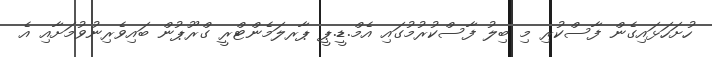
ހުށަހަޅައިގެން ފާސްކުރި މި ބިލު ފާސްކުރުމުގައި އެމް.ޑީ.ޕީ ޕާރލަމެންޓްރީ ގްރޫޕުން ބައިވެރިނުވުމަށާއި އެ